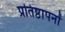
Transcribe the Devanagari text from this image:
प्रतिष्ठापनों